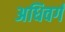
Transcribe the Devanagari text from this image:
अधिवर्ग